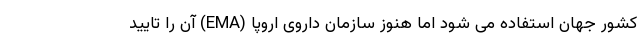
کشور جهان استفاده می شود اما هنوز سازمان داروی اروپا (EMA) آن را تایید